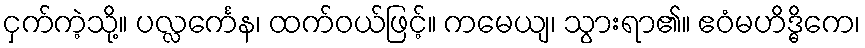
ငှက်ကဲ့သို့။ ပလ္လင်္ကေန၊ ထက်ဝယ်ဖြင့်။ ကမေယျ၊ သွားရာ၏။ ဧဝံမဟိဒ္ဓိကေ၊